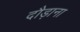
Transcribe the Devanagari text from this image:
दौड़ाना